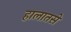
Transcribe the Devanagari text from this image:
हालातसे